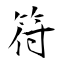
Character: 符